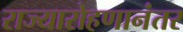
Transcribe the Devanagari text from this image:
राज्यारोहणानंतर